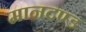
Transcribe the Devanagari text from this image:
मानदण्‍ड